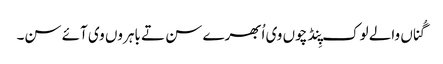
گُناں والے لوک پِنڈ چوں وی اُبھرے سن تے باہروں وی آئے سن۔